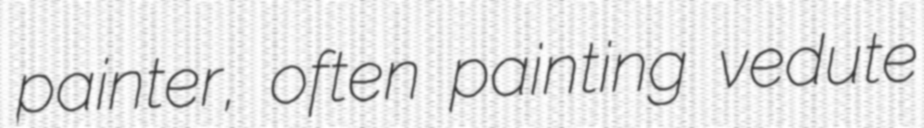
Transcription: painter, often painting vedute